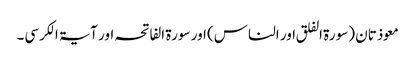
معوذتان (سورۃ الفلق اور الناس) اور سورۃ الفاتحہ اور آیۃ الکرسی۔